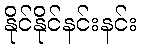
နိုင်နိုင်နင်းနင်း